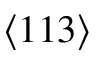
\langle 1 1 3 \rangle